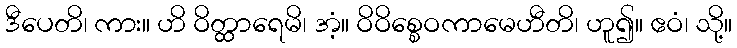
ဒီပေတိ၊ ကား။ ဟိ ဝိတ္ထာရေမိ၊ အံ့။ ဝိဝိစ္စေဝကာမေဟီတိ၊ ဟူ၍။ ဧဝံ၊ သို့။